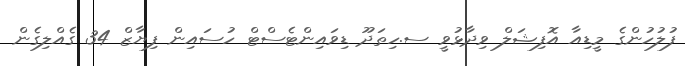
ފުލުހުންގެ މީޑިއާ އޮފިޝަލް ވިދާޅުވީ ސ.ހިތަދޫ ޑިވައިންޓެސްޓް ހުސައިން ފިޔާޒް 34 ގެއްލިގެން